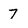
Character: 7